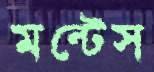
মন্টেস